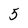
Character: 5